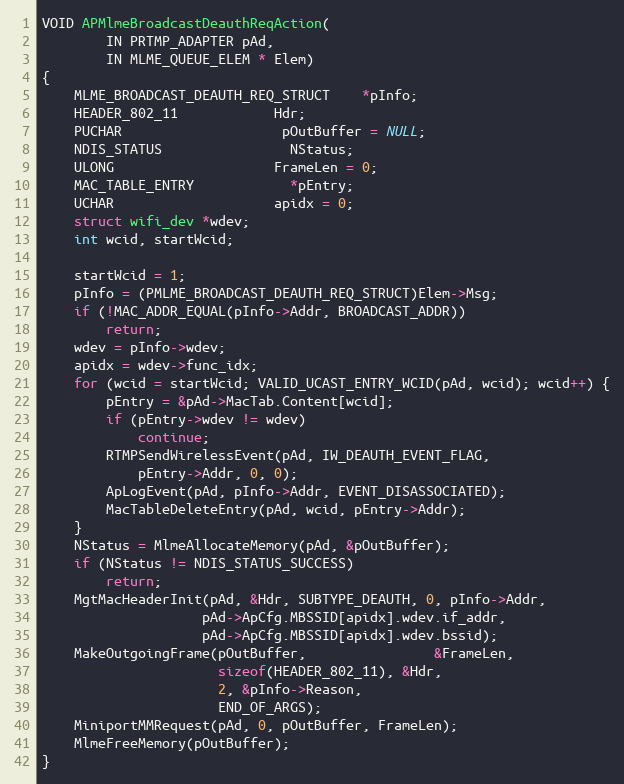
Language: C
VOID APMlmeBroadcastDeauthReqAction(
		IN PRTMP_ADAPTER pAd,
		IN MLME_QUEUE_ELEM * Elem)
{
	MLME_BROADCAST_DEAUTH_REQ_STRUCT	*pInfo;
	HEADER_802_11			Hdr;
	PUCHAR					pOutBuffer = NULL;
	NDIS_STATUS				NStatus;
	ULONG					FrameLen = 0;
	MAC_TABLE_ENTRY			*pEntry;
	UCHAR					apidx = 0;
	struct wifi_dev *wdev;
	int wcid, startWcid;

	startWcid = 1;
	pInfo = (PMLME_BROADCAST_DEAUTH_REQ_STRUCT)Elem->Msg;
	if (!MAC_ADDR_EQUAL(pInfo->Addr, BROADCAST_ADDR))
		return;
	wdev = pInfo->wdev;
	apidx = wdev->func_idx;
	for (wcid = startWcid; VALID_UCAST_ENTRY_WCID(pAd, wcid); wcid++) {
		pEntry = &pAd->MacTab.Content[wcid];
		if (pEntry->wdev != wdev)
			continue;
		RTMPSendWirelessEvent(pAd, IW_DEAUTH_EVENT_FLAG,
			pEntry->Addr, 0, 0);
		ApLogEvent(pAd, pInfo->Addr, EVENT_DISASSOCIATED);
		MacTableDeleteEntry(pAd, wcid, pEntry->Addr);
	}
	NStatus = MlmeAllocateMemory(pAd, &pOutBuffer);
	if (NStatus != NDIS_STATUS_SUCCESS)
		return;
	MgtMacHeaderInit(pAd, &Hdr, SUBTYPE_DEAUTH, 0, pInfo->Addr,
					pAd->ApCfg.MBSSID[apidx].wdev.if_addr,
					pAd->ApCfg.MBSSID[apidx].wdev.bssid);
	MakeOutgoingFrame(pOutBuffer,				&FrameLen,
					  sizeof(HEADER_802_11), &Hdr,
					  2, &pInfo->Reason,
					  END_OF_ARGS);
	MiniportMMRequest(pAd, 0, pOutBuffer, FrameLen);
	MlmeFreeMemory(pOutBuffer);
}